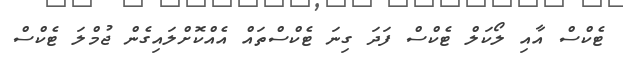
ޓެކްސް އާއި ލޯކަލް ޓެކްސް ފަދަ ގިނަ ޓެކްސްތައް އެއްކޮށްލައިގެން ޖުމްލަ ޓެކްސް